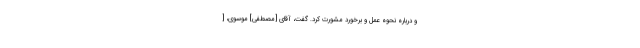
و درباره نحوه عمل و برخورد مشورت كرد. گفت، آقاى [مصطفی] موسوى، [‌